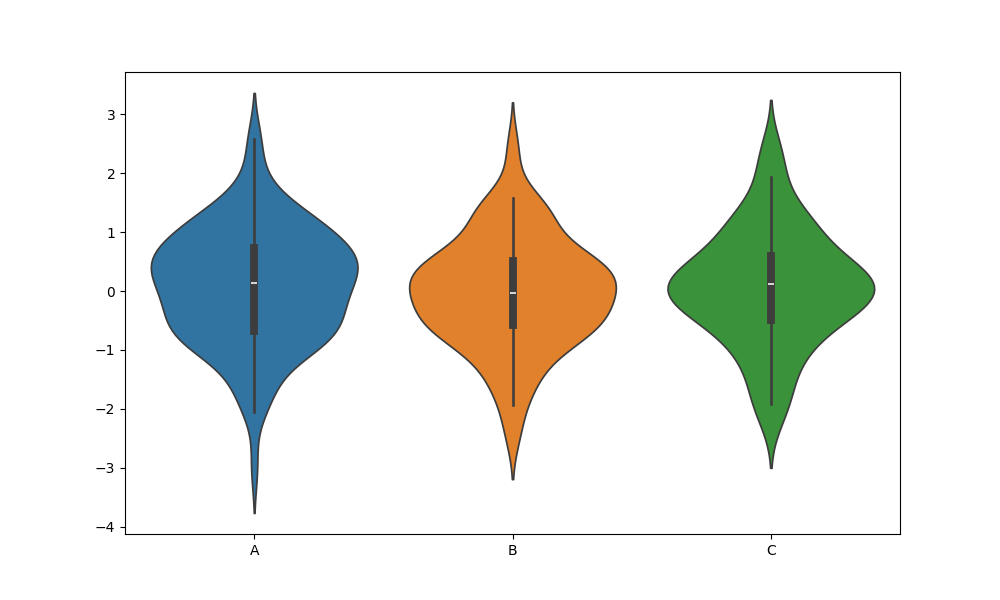
python, seaborn, violinplot, scale='area', split='False', inner='box', fill='True'